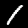
Digit: 1